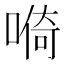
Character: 𱓺